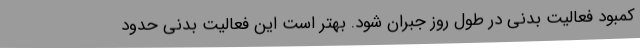
کمبود فعالیت بدنی در طول روز جبران شود. بهتر است این فعالیت بدنی حدود